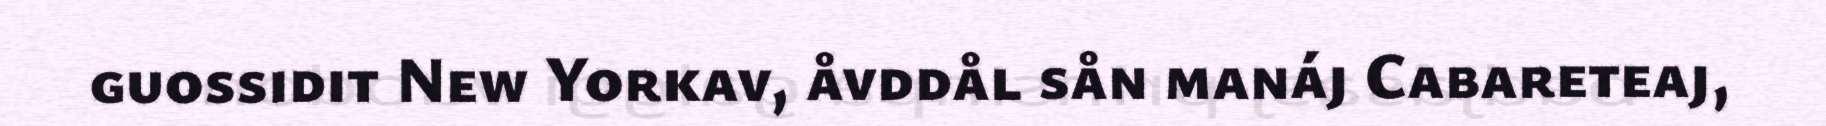
guossidit New Yorkav, åvddål sån manáj Cabareteaj,